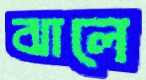
ঝালে